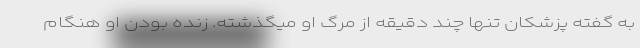
به گفته پزشکان تنها چند دقیقه از مرگ او میگذشته. زنده بودن او هنگام